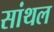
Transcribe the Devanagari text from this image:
सांथल